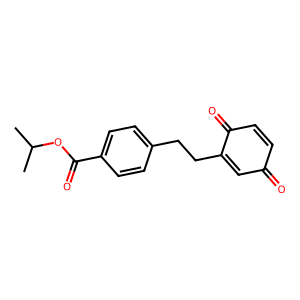
SMILES: CC(C)OC(=O)c1ccc(CCC2=CC(=O)C=CC2=O)cc1
Inhibits HIV replication: No